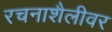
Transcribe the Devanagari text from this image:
रचनाशैलीवर